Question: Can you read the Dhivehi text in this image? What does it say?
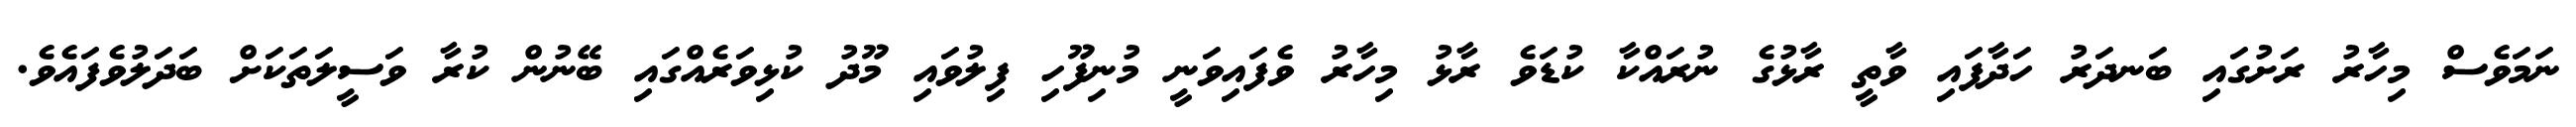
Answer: ނަމަވެސް މިހާރު ރަށުގައި ބަނދަރު ހަދާފައި ވާތީ ރާޅުގެ ނުރައްކާ ކުޑަވެ ރާޅު މިހާރު ވެފައިވަނީ މުނިފޫހި ފިލުވައި މޫދު ކުޅިވަރެއްގައި ބޭނުން ކުރާ ވަސީލަތަކަށް ބަދަލުވެފައެވެ.